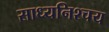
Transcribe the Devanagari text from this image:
साध्यनिश्चय